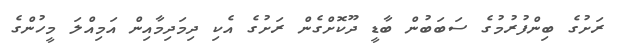
ރަށުގެ ބިންފުރުމުގެ ސަބަބުން ބާޑީ ދޫކޮށްގެން ރަށުގެ އެކި ދިމަދިމާއިން އަމިއްލަ މީހުންގެ